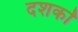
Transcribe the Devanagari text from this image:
दशर्कों